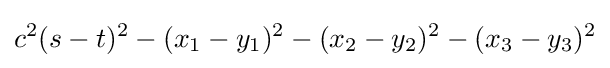
c^{2}(s-t)^{2}-(x_{1}-y_{1})^{2}-(x_{2}-y_{2})^{2}-(x_{3}-y_{3})^{2}